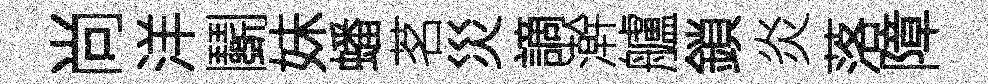
尚洋鬬妹蟠茗災謫澣艫鎖炎落障